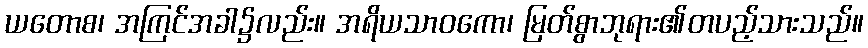
ယတောစ၊ အကြင်အခါ၌လည်း။ အရိယသာဝကော၊ မြတ်စွာဘုရား၏တပည့်သားသည်။